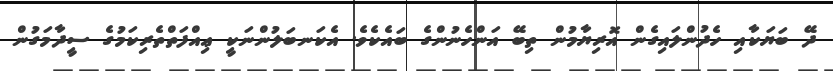
ދޭ ބަޔަކާއި ހެދުންލައިގެން އޮރިޔާމުން ތިބޭ އަންހެނުންގެ ބައެކެވެ. އެކަނބަލުންނަކީ ޢިއްފަތްތެރިކަމުގެ ސީދާމަގުން